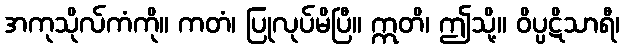
အကုသိုလ်ကံကို။ ကတံ၊ ပြုလုပ်မိပြီ။ ဣတိ၊ ဤသို့။ ဝိပ္ပဋိသာရီ၊